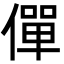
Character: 僤